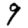
Digit: 9